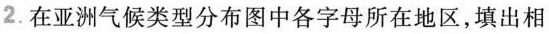
2.在亚洲气候类型分布图中各字母所在地区，填出相